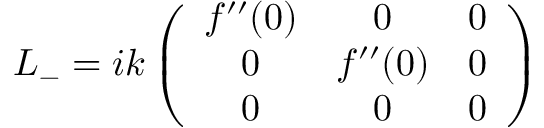
L _ { - } = i k \left( \begin{array} { c c c } { { f ^ { \prime \prime } ( 0 ) } } & { { 0 } } & { { 0 } } \\ { { 0 } } & { { f ^ { \prime \prime } ( 0 ) } } & { { 0 } } \\ { { 0 } } & { { 0 } } & { { 0 } } \end{array} \right)